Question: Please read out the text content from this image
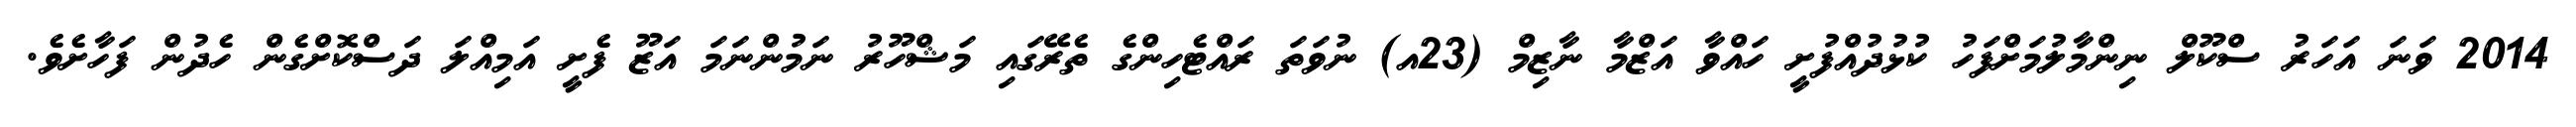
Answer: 2014 ވަނަ އަހަރު ސްކޫލް ނިންމާލުމަށްފަހު ކުޅުދުއްފުށީ ހައްވާ އަޒްމާ ނާޒިމް (23އ) ނުވަތަ ރައްޓެހިންގެ ތެރޭގައި މަޝްހޫރު ނަމުންނަމަ އަޒޫ ފެށީ އަމިއްލަ ދަސްކޮށްގެން ހެދުން ފަހާށެވެ.